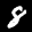
Label: 8